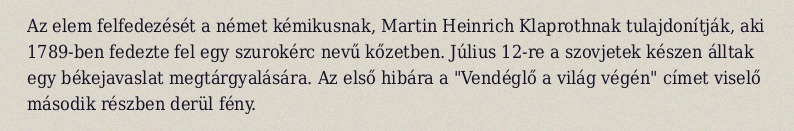
Az elem felfedezését a német kémikusnak, Martin Heinrich Klaprothnak tulajdonítják, aki 1789-ben fedezte fel egy szurokérc nevű kőzetben. Július 12-re a szovjetek készen álltak egy békejavaslat megtárgyalására. Az első hibára a "Vendéglő a világ végén" címet viselő második részben derül fény.